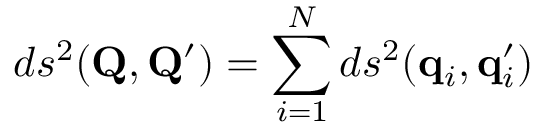
d s ^ { 2 } ( \mathbf { Q } , \mathbf { Q } ^ { \prime } ) = \sum _ { i = 1 } ^ { N } d s ^ { 2 } ( \mathbf { q } _ { i } , \mathbf { q } _ { i } ^ { \prime } )